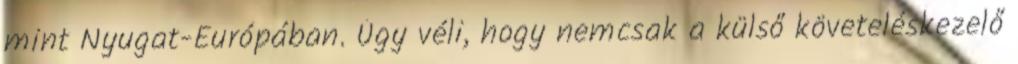
mint Nyugat-Európában. Úgy véli, hogy nemcsak a külső követeléskezelő